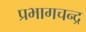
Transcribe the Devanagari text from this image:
प्रभागचन्द्र